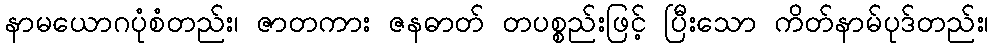
နာမယောဂပုံစံတည်း၊ ဇာတကား ဇနဓာတ် တပစ္စည်းဖြင့် ပြီးသော ကိတ်နာမ်ပုဒ်တည်း၊